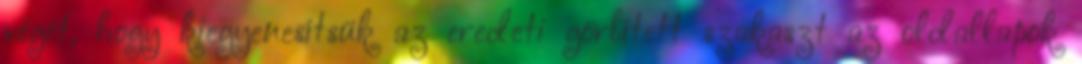
végét, hogy kiegyenesítsük az eredeti görbített szakaszt az oldallapok